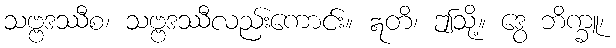
သဗ္ဗဒဿီစ၊ သဗ္ဗဒဿီလည်းကောင်း။ ဣတိ၊ ဤသို့။ ဒွေ ဘိက္ခူ၊